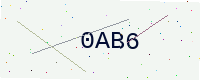
Text: 0AB6